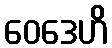
ဝေဒေဟိ